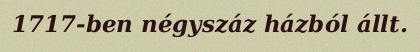
1717-ben négyszáz házból állt.